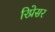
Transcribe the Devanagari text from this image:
रिप्रेसर